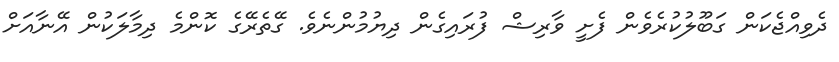
ދެވިއްޖެކަން ގަބޫލުކުރެވެން ފެށީ ވާރިޝް ފުރައިގެން ދިޔުމުންނެވެ. ގޭތެރޭގެ ކޮންމެ ދިމާލަކުން އޭނާއަށް